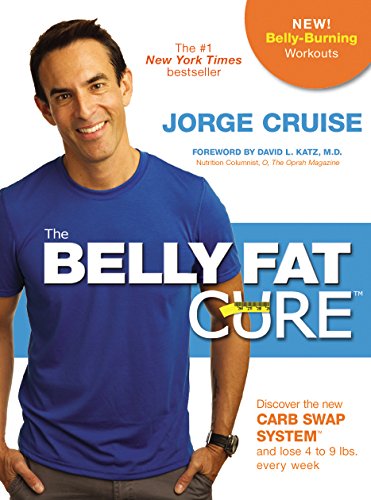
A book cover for The Belly Fat CureEE¢: Discover the New Carb Swap SystemEE¢ and Lose 4 to 9 lbs. Every Week; Jorge Cruise; Cookbooks, Food & Wine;